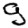
Digit: 9